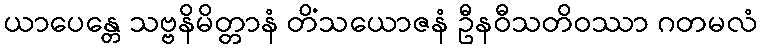
ယာပေန္တေ သဗ္ဗနိမိတ္တာနံ တိံသယောဇနံ ဦနဝီသတိဝဿာ ဂတမလံ